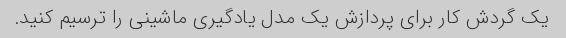
یک گردش کار برای پردازش یک مدل یادگیری ماشینی را ترسیم کنید.